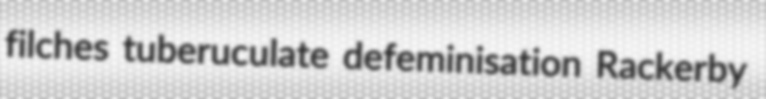
filches tuberuculate defeminisation Rackerby